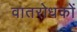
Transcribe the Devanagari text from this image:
वातरोधकों